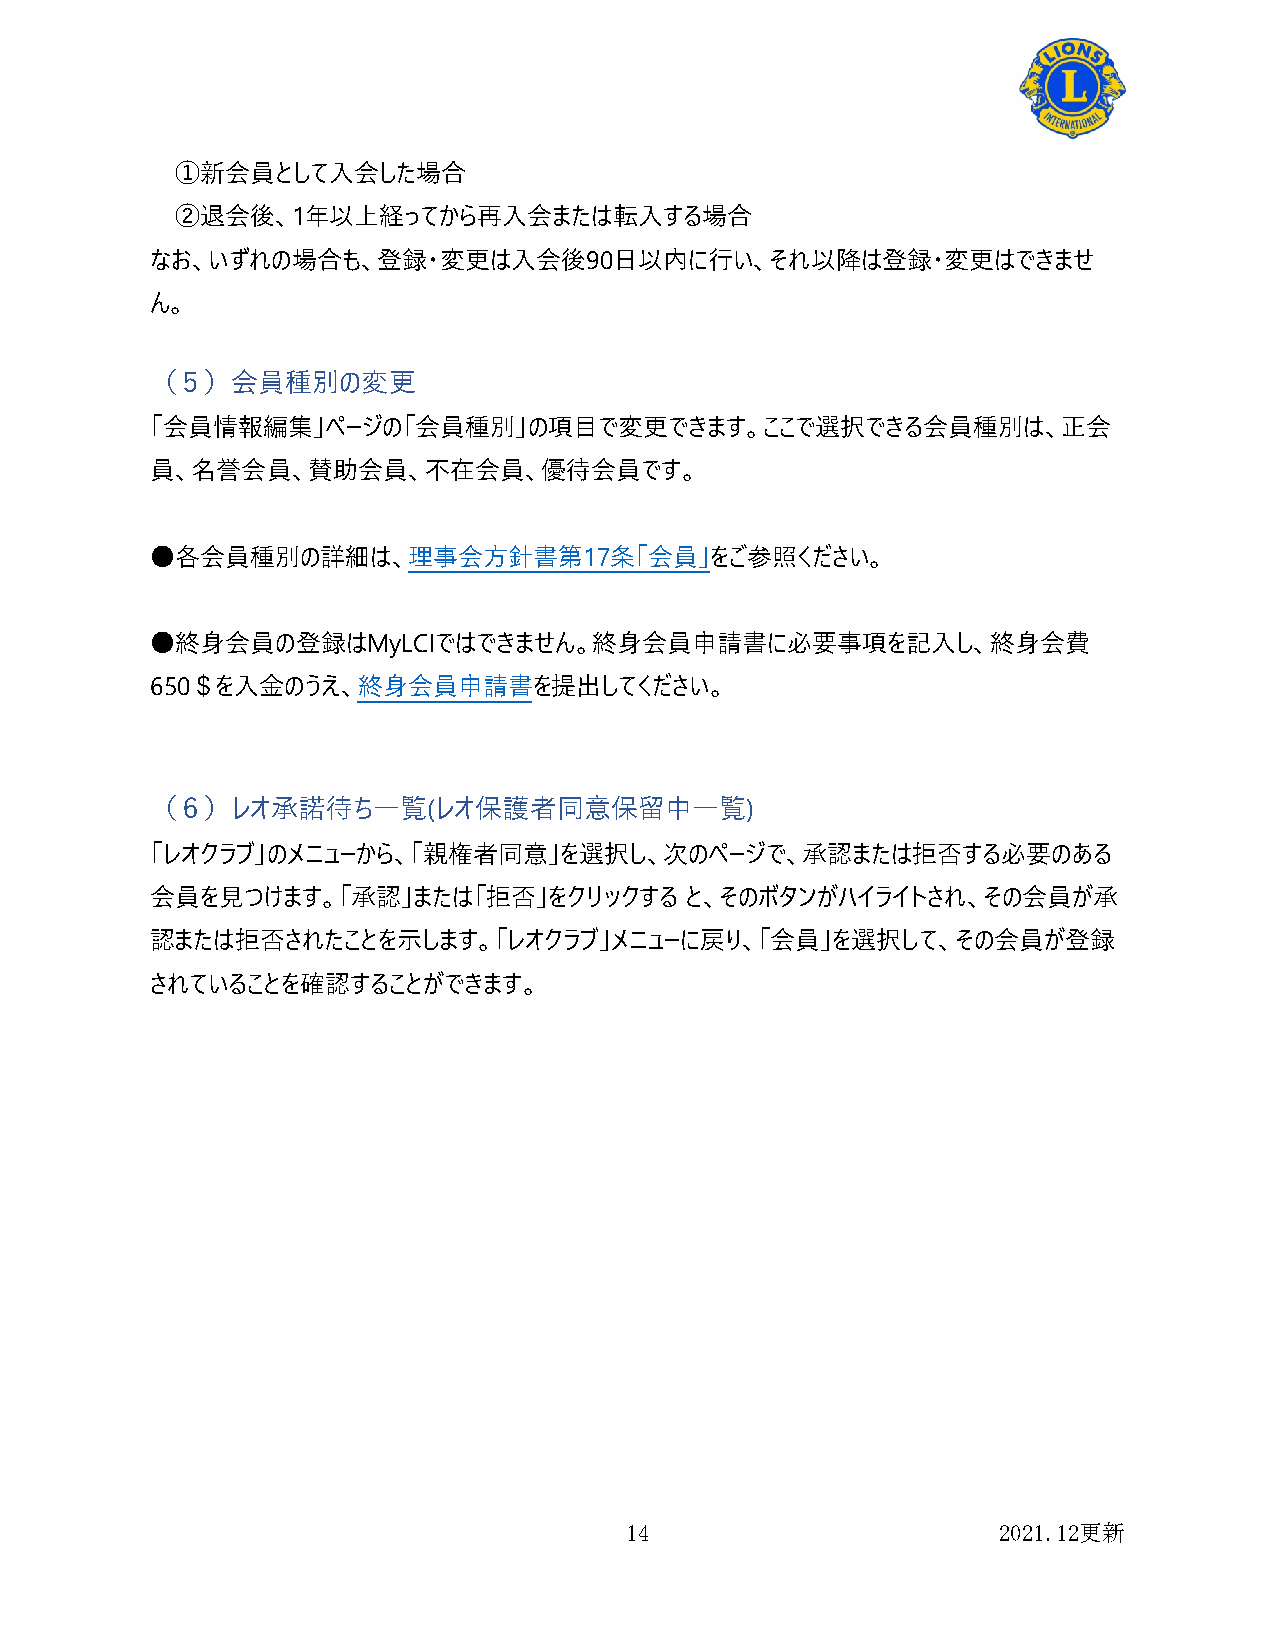
①新会員として入会した場合
 ②退会後、1年以上経ってから再入会または転入する場合
 なお、いずれの場合も、登録・変更は入会後90日以内に行い、それ以降は登録・変更はできませ
 ん。
 （５）会員種別の変更
 「会員情報編集」ページの「会員種別」の項目で変更できます。ここで選択できる会員種別は、正会
 員、名誉会員、賛助会員、不在会員、優待会員です。
 ●各会員種別の詳細は、理事会方針書第17条「会員」をご参照ください。
 ●終身会員の登録はMyLCIではできません。終身会員申請書に必要事項を記入し、終身会費
 650＄を入金のうえ、終身会員申請書を提出してください。
 （６）レオ承諾待ち一覧(レオ保護者同意保留中一覧)
 「レオクラブ」のメニューから、「親権者同意」を選択し、次のページで、承認または拒否する必要のある
 会員を見つけます。「承認」または「拒否」をクリックする        と、そのボタンがハイライトされ、その会員が承
 認または拒否されたことを示します。「レオクラブ」メニューに戻り、「会員」を選択して、その会員が登録
 されていることを確認することができます。
 14                       2021.12更新